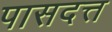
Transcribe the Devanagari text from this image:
पासदत्त